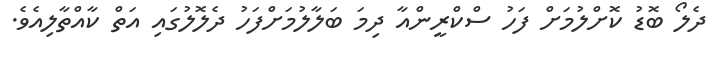
ދެލޯ ބޮޑު ކޮށްލުމަށް ފަހު ސްކްރީންއާ ދިމަ ބަލާލުމަށްފަހު ދެލޮލުގައި އަތް ކާއްތާލިއެވެ.